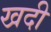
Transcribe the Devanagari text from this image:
खदी